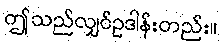
ဤသည်လျှင်ဥဒါန်းတည်း။